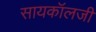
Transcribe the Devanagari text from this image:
सायकॉलजी